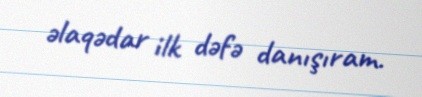
əlaqədar ilk dəfə danışıram.